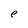
Character: e